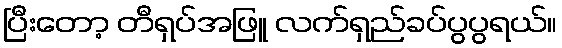
ပြီးတော့ တီရှပ်အဖြူ လက်ရှည်ခပ်ပွပွရယ်။